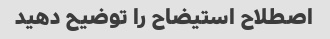
اصطلاح استیضاح را توضیح دهید